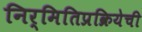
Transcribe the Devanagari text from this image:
निर्मितिप्रक्रियेची